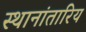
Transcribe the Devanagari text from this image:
स्थानांतारिय